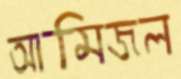
আমিজল